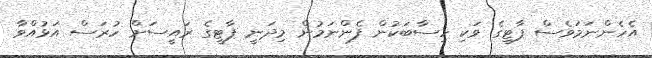
އެހެންނަމަވެސް ޕާޓީގެ ވަކި ހިސާބަކުން ފެންނަމުން މިދަނީ ޕާޓީގެ ރައީސަށް ހުރަސް އަޅުއްވާ